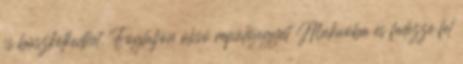
is büszkélkedhet. Foglaljon olcsó repülőjegyet Makaóba és fedezze fel